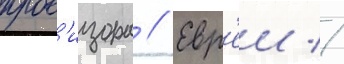
пров'изора // Евр'еи //